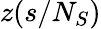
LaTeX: z(s/N_{S})